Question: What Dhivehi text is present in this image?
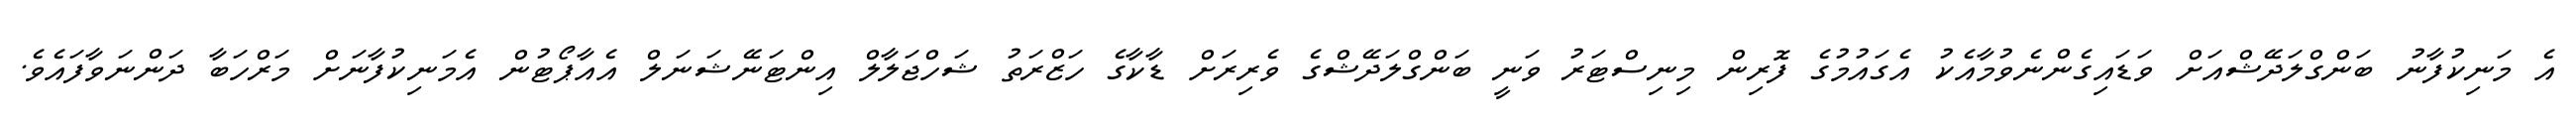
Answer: އެ މަނިކުފާނު ބަންގްލަދޭޝްއަށް ވަޑައިގެންނެވުމާއެކު އެގައުމުގެ ފޮރިން މިނިސްޓަރު ވަނީ ބަންގްލަދޭޝްގެ ވެރިރަށް ޑާކާގެ ހަޒްރަތު ޝަހްޖަލާލް އިންޓަނޭޝަނަލް އެއާޕޯޓުން އެމަނިކުފާނަށް މަރްހަބާ ދަންނަވާފައެވެ.